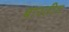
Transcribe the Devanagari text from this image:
बारतीय